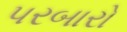
પરબારો